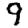
Digit: 9